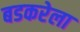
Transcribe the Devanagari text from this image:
बडकरेला